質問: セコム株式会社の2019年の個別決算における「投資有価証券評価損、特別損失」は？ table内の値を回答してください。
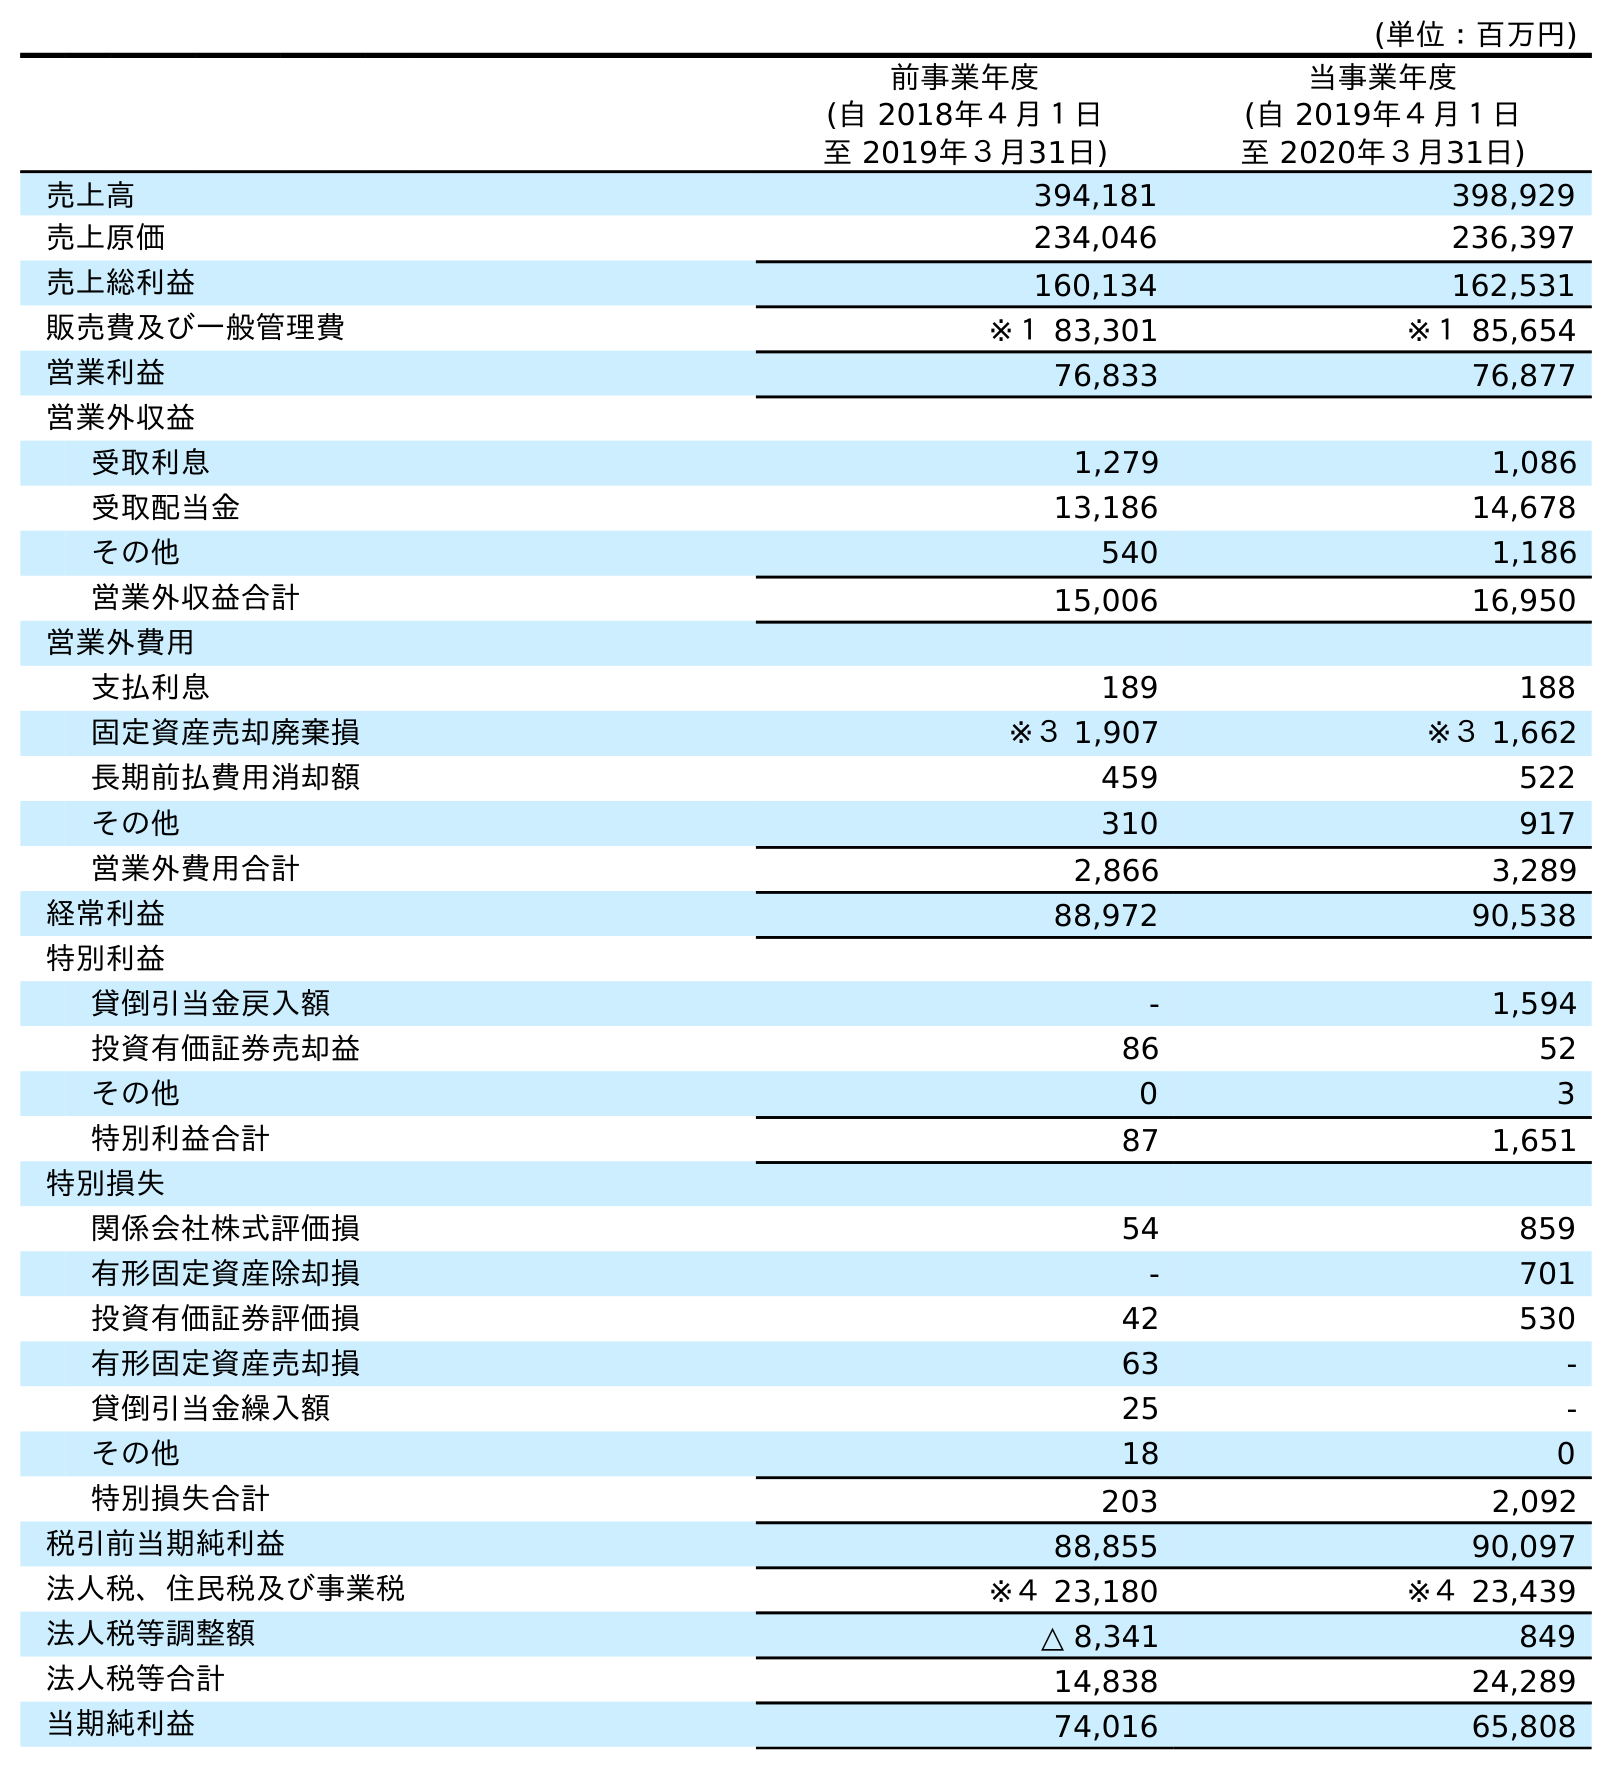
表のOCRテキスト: (単位：百万円) 前事業年度 (自 2018年４月１日 至 2019年３月31日) 当事業年度 (自 2019年４月１日 至 2020年３月31日) 売上高 394,181 398,929 売上原価 234,046 236,397 売上総利益 160,134 162,531 販売費及び一般管理費 ※１ 83,301 ※１ 85,654 営業利益 76,833 76,877 営業外収益 受取利息 1,279 1,086 受取配当金 13,186 14,678 その他 540 1,186 営業外収益合計 15,006 16,950 営業外費用 支払利息 189 188 固定資産売却廃棄損 ※３ 1,907 ※３ 1,662 長期前払費用消却額 459 522 その他 310 917 営業外費用合計 2,866 3,289 経常利益 88,972 90,538 特別利益 貸倒引当金戻入額 - 1,594 投資有価証券売却益 86 52 その他 0 3 特別利益合計 87 1,651 特別損失 関係会社株式評価損 54 859 有形固定資産除却損 - 701 投資有価証券評価損 42 530 有形固定資産売却損 63 - 貸倒引当金繰入額 25 - その他 18 0 特別損失合計 203 2,092 税引前当期純利益 88,855 90,097 法人税、住民税及び事業税 ※４ 23,180 ※４ 23,439 法人税等調整額 △ 8,341 849 法人税等合計 14,838 24,289 当期純利益 74,016 65,808
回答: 42